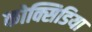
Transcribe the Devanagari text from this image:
कोक्सिडिया